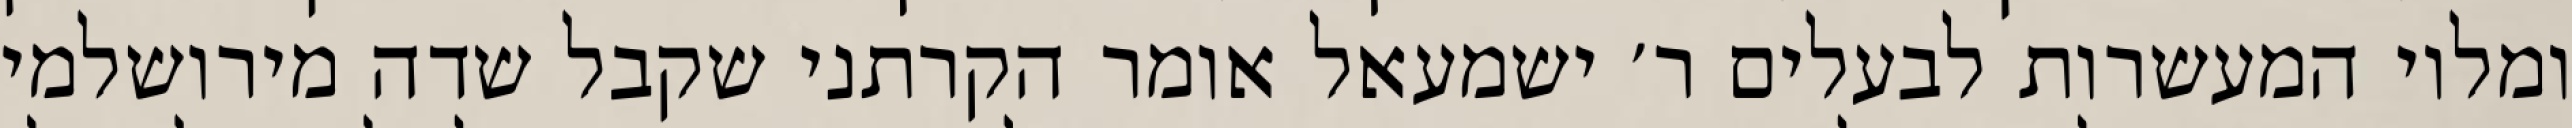
ומלוי המעשרות לבעלים ר׳ ישמעאל אומר הקרתני שקבל שדה מירושלמי